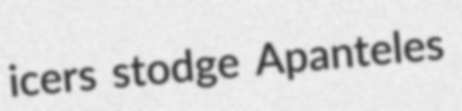
icers stodge Apanteles